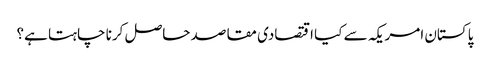
پاکستان امریکہ سے کیا اقتصادی مقاصد حاصل کرنا چاہتا ہے؟